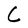
Character: C